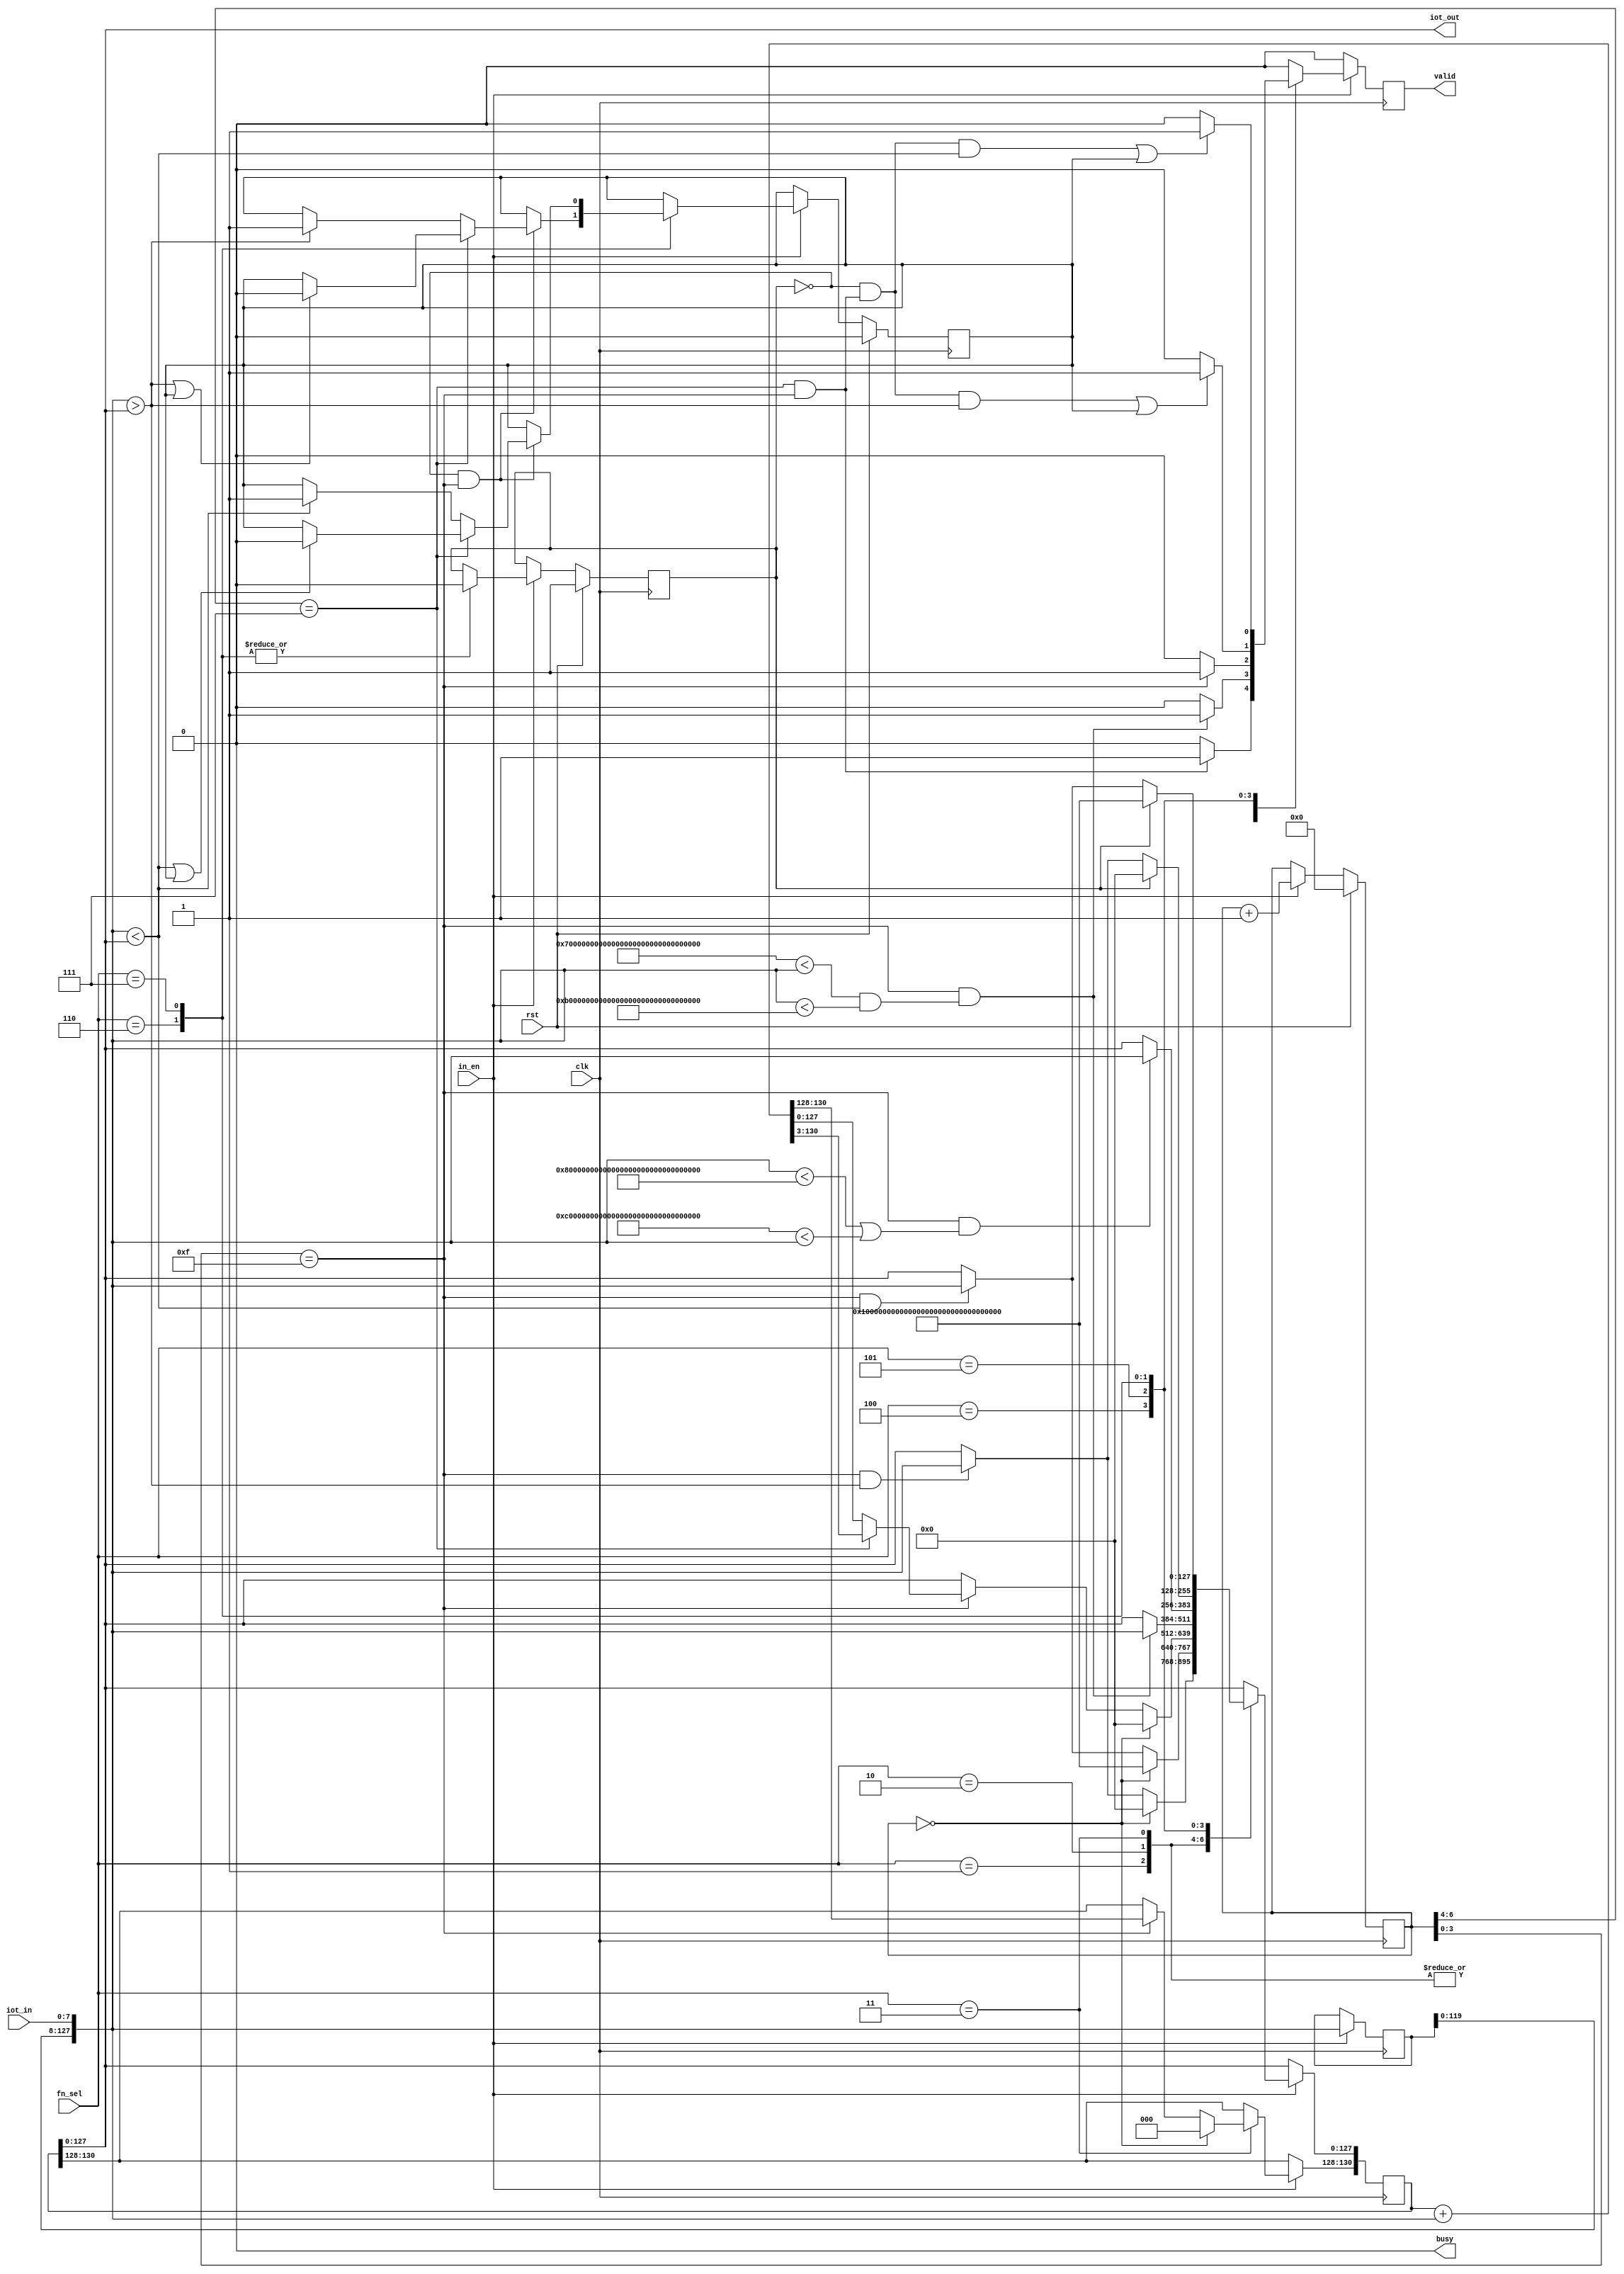
`timescale 1ns/10ps
module IOTDF( clk, rst, in_en, iot_in, fn_sel, busy, valid, iot_out);
input          clk;
input          rst;
input          in_en;
input  [7:0]   iot_in;
input  [2:0]   fn_sel;
output         busy;
output         valid;
output [127:0] iot_out;
/* my design */
//reg busy;
assign busy = 1'b0;
reg valid;
//reg [127:0] iot_out;
reg [130:0] res;
assign iot_out = res[127:0];

reg first_flag;
reg find_flag;
reg [6:0] cnt;
wire cnt_64_is_7 = (cnt[6:4] == 3'h7);
wire cnt_30_is_F = (cnt[3:0] == 4'hF);
wire cnt_is_0 = (cnt == 7'h0);
wire cnt_is_7F = (cnt_64_is_7 && cnt_30_is_F);

reg [127:0] data;
wire [127:0] data_next = {data[119:0], iot_in};
wire data_next_extracted = (128'h6FFF_FFFF_FFFF_FFFF_FFFF_FFFF_FFFF_FFFF < data_next &&
data_next < 128'hAFFF_FFFF_FFFF_FFFF_FFFF_FFFF_FFFF_FFFF);
wire data_next_excluded = (data_next < 128'h7FFF_FFFF_FFFF_FFFF_FFFF_FFFF_FFFF_FFFF ||
128'hBFFF_FFFF_FFFF_FFFF_FFFF_FFFF_FFFF_FFFF < data_next);
wire data_next_gt_res = (data_next > res[127:0]);
wire data_next_lt_res = (data_next < res[127:0]);
wire [130:0] res_add_data_next = res + data_next;

always @(posedge clk/* or posedge rst*/) begin
	if (rst) begin
		first_flag <= 1'b1;
	end
	else begin
		if (in_en) begin
			case (fn_sel)
				3'h6 : begin // PeakMax
					if (first_flag) first_flag <= 1'b0;
				end
				3'h7 : begin // PeakMin
					if (first_flag) first_flag <= 1'b0;
				end
			endcase
		end
	end
end

always @(posedge clk/* or posedge rst*/) begin
	if (rst) begin
		find_flag <= 1'b0;
	end
	else begin
		if (in_en) begin
			case (fn_sel)
				3'h6 : begin // PeakMax
					if (!first_flag && cnt_30_is_F) begin
						if (cnt_64_is_7) begin
							if (data_next_gt_res || find_flag) find_flag <= 1'b0;
						end
						else begin
							if (data_next_gt_res) find_flag <= 1'b1;
						end
					end
				end
				3'h7 : begin // PeakMin
					if (!first_flag && cnt_30_is_F) begin
						if (cnt_64_is_7) begin
							if (data_next_lt_res || find_flag) find_flag <= 1'b0;
						end
						else begin
							if (data_next_lt_res) find_flag <= 1'b1;
						end
					end
				end
			endcase
		end
	end
end

always @(posedge clk/* or posedge rst*/) begin
	if (rst) begin
		cnt <= 7'h0;
	end
	else begin
		if (in_en) begin
			cnt <= cnt + 7'h1;
		end
	end
end

always @(posedge clk) begin
	if (in_en) begin
		data <= data_next;
	end
end

always @(posedge clk) begin
	if (in_en) begin
		case (fn_sel)
			3'h1 : begin // MAX
				if (cnt_is_0) res[127:0] <= 128'h0;
				else if (cnt_30_is_F && data_next_gt_res) res[127:0] <= data_next;
			end
			3'h2 : begin // MIN
				if (cnt_is_0) res[127:0] <= ~128'h0;
				else if (cnt_30_is_F && data_next_lt_res) res[127:0] <= data_next;
			end
			3'h3 : begin // Avg
				if (cnt_is_0) res <= 131'h0;
				else if (cnt_30_is_F) begin
					res <= res_add_data_next;
					if (cnt_64_is_7) res[127:0] <= res_add_data_next[130:3];
				end
			end
			3'h4 : begin // Extract
				if (cnt_30_is_F && data_next_extracted) res[127:0] <= data_next;
			end
			3'h5 : begin // Exclude
				if (cnt_30_is_F && data_next_excluded) res[127:0] <= data_next;
			end
			3'h6 : begin // PeakMax
				if (first_flag) res[127:0] <= 128'h0;
				else if (cnt_30_is_F && data_next_gt_res) res[127:0] <= data_next;
			end
			3'h7 : begin // PeakMin
				if (first_flag) res[127:0] <= ~128'h0;
				else if (cnt_30_is_F && data_next_lt_res) res[127:0] <= data_next;
			end
		endcase
	end
end

always @(posedge clk) begin
	valid <= 1'b0;
	if (in_en) begin
		case (fn_sel)
			3'h1 : begin // MAX
				if (cnt_is_7F) valid <= 1'b1;
			end
			3'h2 : begin // MIN
				if (cnt_is_7F) valid <= 1'b1;
			end
			3'h3 : begin // Avg
				if (cnt_is_7F) valid <= 1'b1;
			end
			3'h4 : begin // Extract
				if (cnt_30_is_F && data_next_extracted) valid <= 1'b1;
			end
			3'h5 : begin // Exclude
				if (cnt_30_is_F) valid <= 1'b1;
			end
			3'h6 : begin // PeakMax
				if (!first_flag && cnt_is_7F && data_next_gt_res || find_flag) valid <= 1'b1;
			end
			3'h7 : begin // PeakMin
				if (!first_flag && cnt_is_7F && data_next_lt_res || find_flag) valid <= 1'b1;
			end
		endcase
	end
end

endmodule